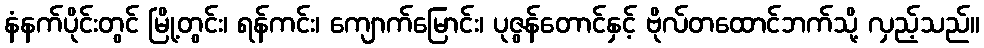
နံနက်ပိုင်းတွင် မြို့တွင်း၊ ရန်ကင်း၊ ကျောက်မြောင်း၊ ပုဇွန်တောင်နှင့် ဗိုလ်တထောင်ဘက်သို့ လှည့်သည်။